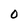
Character: 0